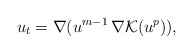
\begin{align*}u_t=\nabla (u^{m-1}\, \nabla {\mathcal K} (u^p)),\end{align*}